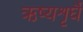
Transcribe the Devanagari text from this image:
ऋष्यशृर्घैं